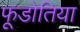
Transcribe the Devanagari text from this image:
फूडोतिया